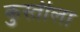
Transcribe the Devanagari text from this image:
कुस्तीला